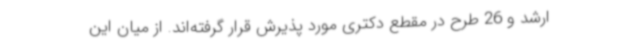
ارشد و 26 طرح در مقطع دکتری مورد پذیرش قرار گرفته‌اند. از میان این